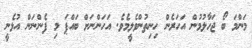
މަންމަ ބޯ ޖަހާލުމުން އަހަރެން ހިނިތުންވެލީމެވެ. އަހަންނަށް ބައްޕަ މި ފެންނަން އުޅެނީ